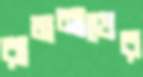
রামনাথের